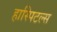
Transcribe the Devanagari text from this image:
हास्पिटल्स